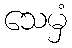
သေမှံ